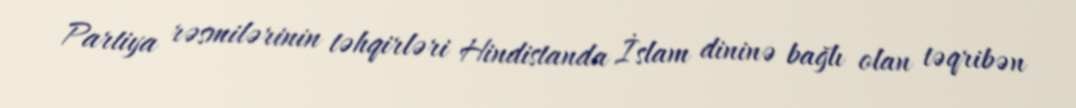
Partiya rəsmilərinin təhqirləri Hindistanda İslam dininə bağlı olan təqribən